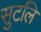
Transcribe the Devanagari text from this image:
सुटलि